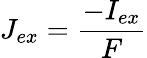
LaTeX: J_{ex}=\frac{-I_{ex}}{F}